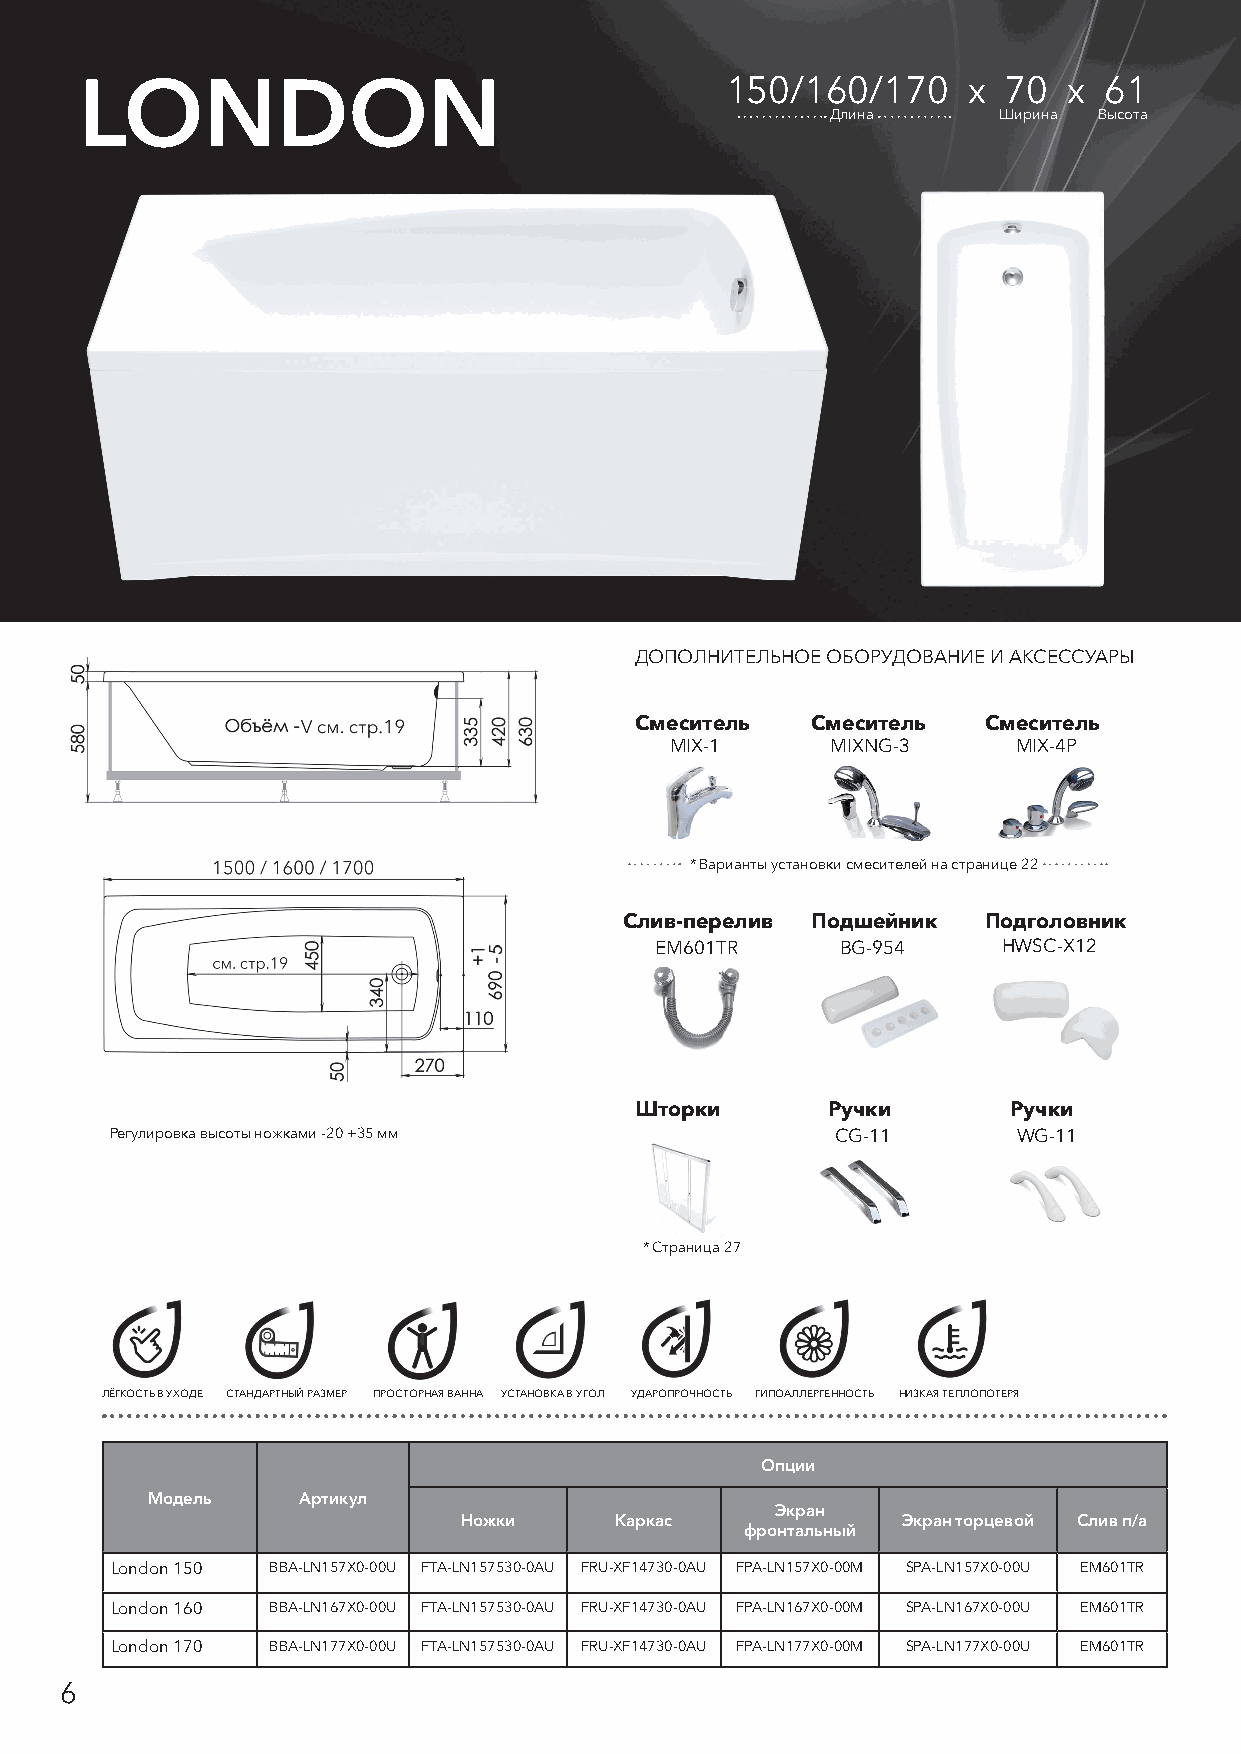
LONDON                                     150/160/170     х 70   х 61
 Длина      Ширина Высота
 ДОПОЛНИТЕЛЬНОЕ ОБОРУДОВАНИЕ И АКСЕССУАРЫ
 Смеситель   Смеситель  Смеситель
 MIX-1      MIXNG-3     MIX-4P
 * Варианты установки смесителей на странице 22
 Слив-перелив Подшейник  Подголовник
 EM601TR      BG-954    HWSC-X12
 Шторки       Ручки       Ручки
 Регулировка высоты ножками -20 +35 мм           CG-11       WG-11
 * Страница 27
 ЛЁГКОСТЬ В УХОДЕ СТАНДАРТНЫЙ РАЗМЕР ПРОСТОРНАЯ ВАННА УСТАНОВКА В УГОЛ УДАРОПРОЧНОСТЬ ГИПОАЛЛЕРГЕННОСТЬ НИЗКАЯ ТЕПЛОПОТЕРЯ
 Опции
 Модель    Артикул
 Экран
 Ножки      Каркас             Экран торцевой Слив п/а
 фронтальный
 London 150 BBA-LN157X0-00U FTA-LN157530-0AU FRU-XF14730-0AU FPA-LN157X0-00M SPA-LN157X0-00U EM601TR
 London 160 BBA-LN167X0-00U FTA-LN157530-0AU FRU-XF14730-0AU FPA-LN167X0-00M SPA-LN167X0-00U EM601TR
 London 170 BBA-LN177X0-00U FTA-LN157530-0AU FRU-XF14730-0AU FPA-LN177X0-00M SPA-LN177X0-00U EM601TR
 6